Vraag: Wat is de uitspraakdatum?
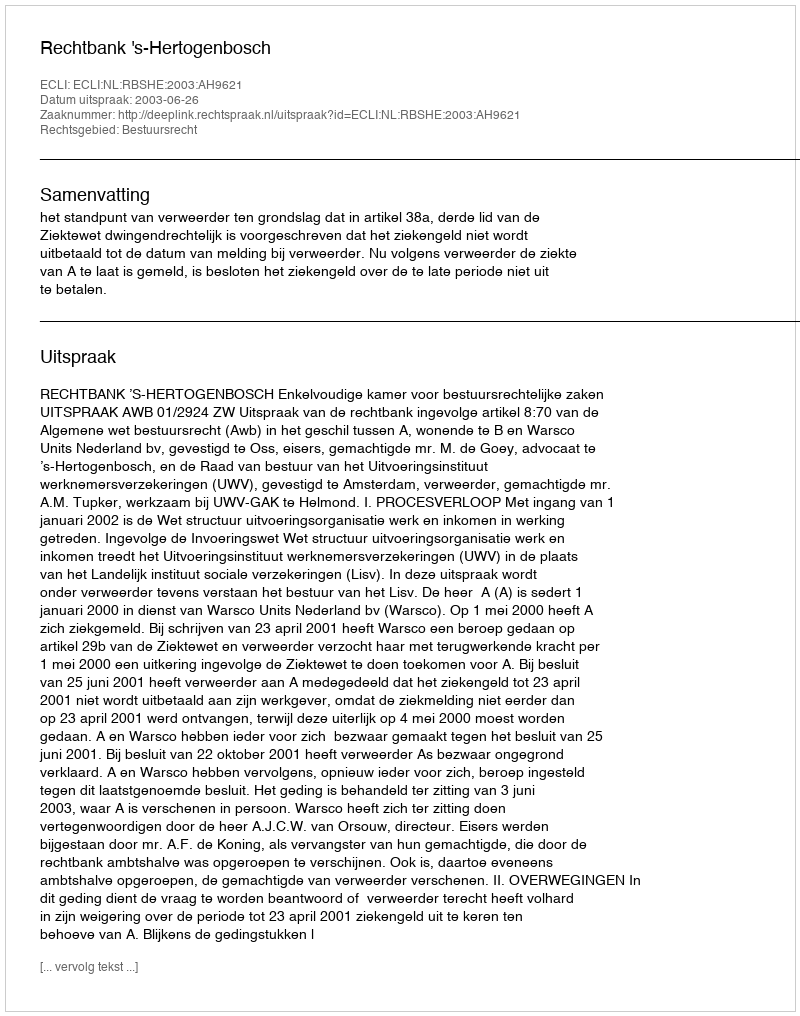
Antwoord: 2003-06-26